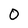
Character: 0